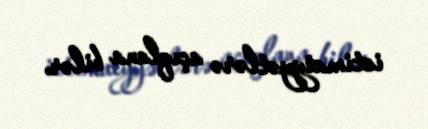
ictimaiyyətlərə açıqlana bilər.